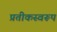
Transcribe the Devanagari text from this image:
प्रतीकस्वरूप